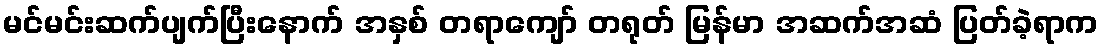
မင်မင်းဆက်ပျက်ပြီးနောက် အနှစ် တရာကျော် တရုတ် မြန်မာ အဆက်အဆံ ပြတ်ခဲ့ရာက